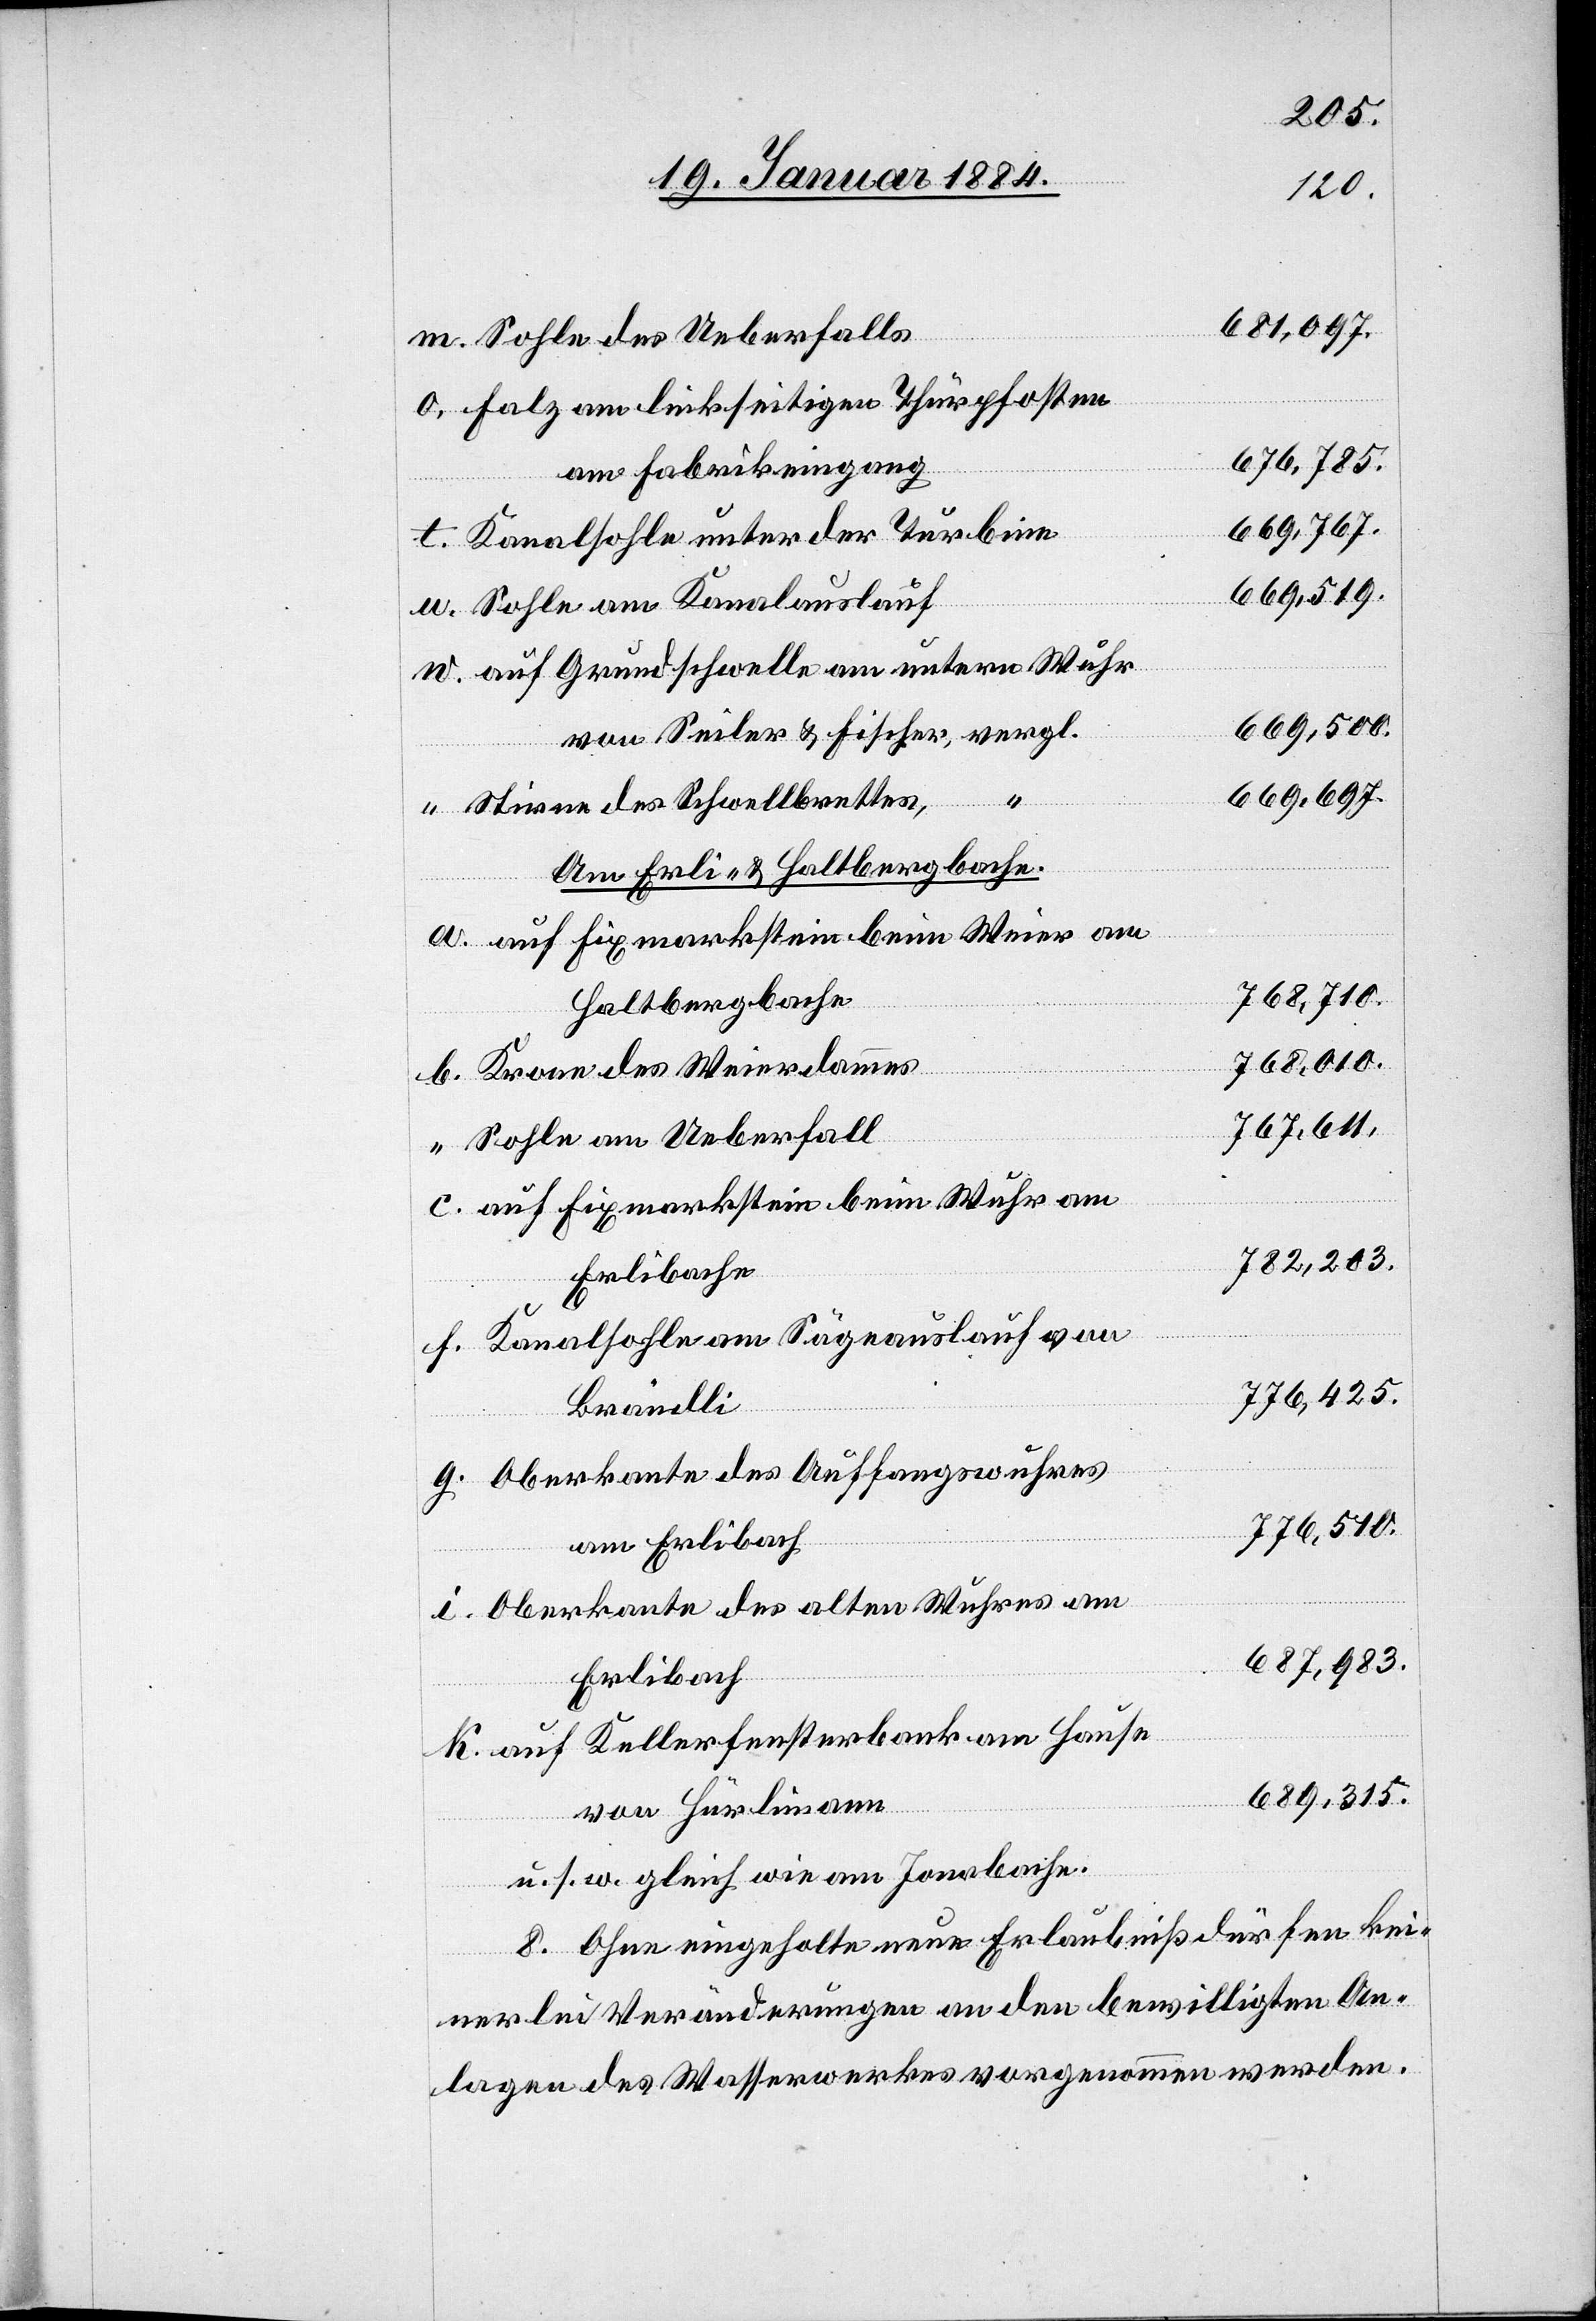
681,097.
Sohle des Ueberfalls
Falz am linkseitigen Thürpfosten
676,785.
am Fabrikeingang
669,767.
Kanalsohle unter der Turbine
669,519.
Sohle am Kanalauslauf
auf Grundschwelle am untern Wuhr
669,500.
von
von Seiler & Fischer, vergl.
669,697.
Kanalsohle
g.
Stirne des Schwelbrettes,
Am Erli- & Haltbergbache;
Auf Fixmarkstein beim Weier am
Haltbergbache
768,010.
767,611.
Sohle am Ueberfall
auf Fixmarkstein beim Wuhr am
782,203.
Erlibache
776,425.
Brändli
Weierdammes
Oberkante des Auffangswuhres
776,510.
am Erlibach
Oberkante des alten Wuhres am
687,983.
Erlibach
auf Kellerfensterbanken am Hause
689,315.
u. s. w. gleich wie am Jonabache.
8. Ohne eingeholte neue Erlaubniß dürfen kei¬
k.
nerlei Veränderungen an den bewilligten An¬
lagen des Wasserwerkes vorgenommen werden.